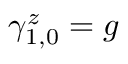
\gamma _ { 1 , 0 } ^ { z } = g